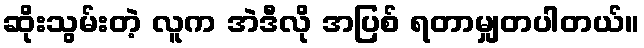
ဆိုးသွမ်းတဲ့ လူက အဲဒီလို အပြစ် ရတာမျှတပါတယ်။